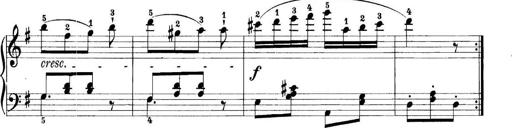
Title: 11 Sonatinas
Composer: Anton Diabelli